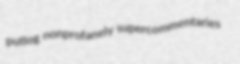
putlog nonprofanely supercommentaries